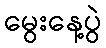
မွေးနေ့ပွဲ